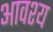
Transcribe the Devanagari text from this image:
आवश्‍य